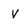
Character: V